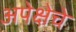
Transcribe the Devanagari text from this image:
अपेक्षेचे